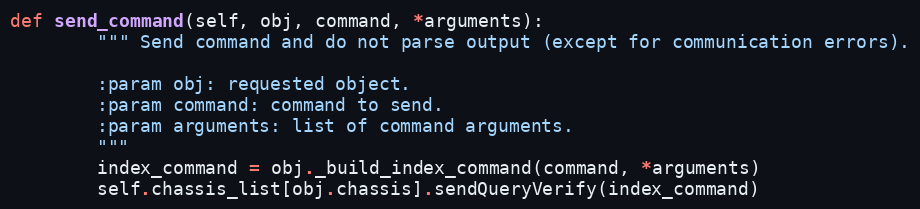
Language: Python
def send_command(self, obj, command, *arguments):
        """ Send command and do not parse output (except for communication errors).

        :param obj: requested object.
        :param command: command to send.
        :param arguments: list of command arguments.
        """
        index_command = obj._build_index_command(command, *arguments)
        self.chassis_list[obj.chassis].sendQueryVerify(index_command)